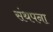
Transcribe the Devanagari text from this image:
संथपना